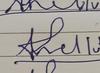
Signature authenticity: forged